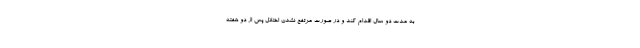
به مدت دو سال اقدام کند و در صورت مرتفع نشدن اختلال پس از دو هفته